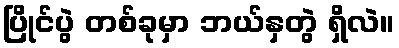
ပြိုင်ပွဲ တစ်ခုမှာ ဘယ်နှတွဲ ရှိလဲ။